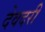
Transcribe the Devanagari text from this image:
देवदरी